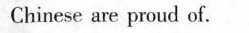
Chinese are proud of.